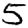
Digit: 5